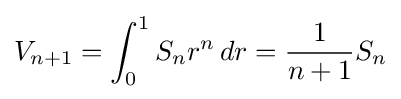
V_{n+1}=\int _{0}^{1}S_{n}r^{n}\,dr={\frac {1}{n+1}}S_{n}